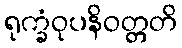
ရုက္ခံဝုပနိဝတ္တတိ